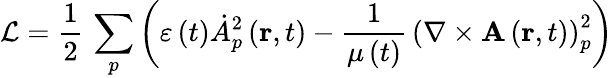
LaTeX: \mathcal{L}=\frac{1}{2}\, \sum_{p}\left(\varepsilon\left(t\right)\dot{A}_{p}^{2}\left(\mathbf{r},t\right)-\frac{1}{\mu\left(t\right)}\, \left(\nabla\times\mathbf{A}\left(\mathbf{r},t\right)\right)_{p}^{2}\right)